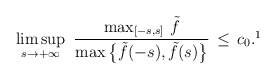
\begin{align*}\limsup_{s\to +\infty}\ \dfrac{\max_{[-s,s]}\, \tilde{f}} {\max\big\{\tilde{f}(-s),\tilde{f}(s)\big\}}\, \le \, c_0.\footnote{Observe that in particular, if $\tilde{f}(s)$ is monotone, then (H1) is obviously satisfied with $c_0=1$.} \end{align*}